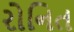
રોનિત